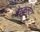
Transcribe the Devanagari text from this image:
वैस्कुलेटर